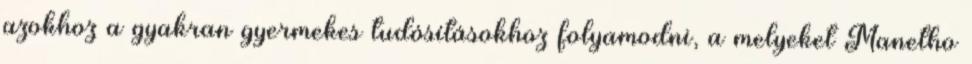
azokhoz a gyakran gyermekes tudósításokhoz folyamodni, a melyeket Manetho